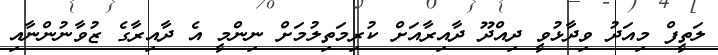
ލަތީފް މިއަދު ވިދާޅުވީ ދިއްދޫ ދާއިރާއަށް ކުރިމަތިލުމަށް ނިންމީ އެ ދާއިރާގެ ޒުވާނުންނާއި